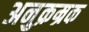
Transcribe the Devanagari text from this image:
अनुक्रम्रक